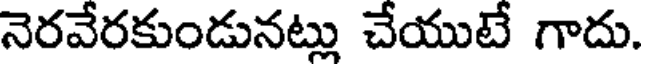
నెరవేరకుండునట్లు చేయుటే గాదు.